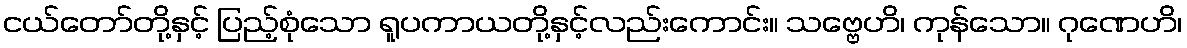
ငယ်တော်တို့နှင့် ပြည့်စုံသော ရူပကာယတို့နှင့်လည်းကောင်း။ သဗ္ဗေဟိ၊ ကုန်သော။ ဂုဏေဟိ၊